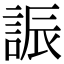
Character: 誫